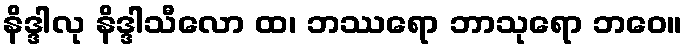
နိဒ္ဒါလု နိဒ္ဒါသီလော ထ၊ ဘဿရော ဘာသုရော ဘဝေ။